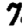
Digit: 7